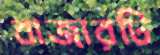
বাজারটি